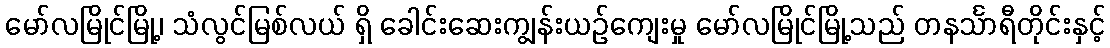
မော်လမြိုင်မြို့၊ သံလွင်မြစ်လယ် ရှိ ခေါင်းဆေးကျွန်းယဉ်ကျေးမှု မော်လမြိုင်မြို့သည် တနင်္သာရီတိုင်းနှင့်